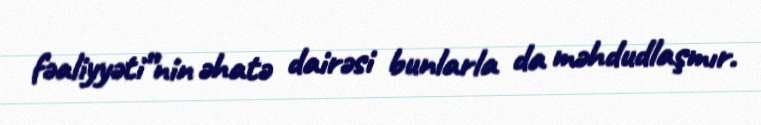
fəaliyyəti”nin əhatə dairəsi bunlarla da məhdudlaşmır.